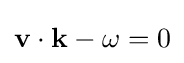
\mathbf {v} \cdot \mathbf {k} -\omega =0